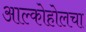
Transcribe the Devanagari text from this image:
आल्कोहोलचा